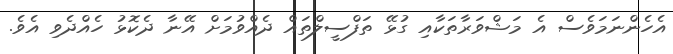
އެހެންނަމަވެސް އެ މަޝްވަރާތަކާއި ގުޅޭ ތަފްސީލްތައް ދެއްވުމަށް އޭނާ ދެކޮޅު ހެއްދެވި އެވެ.